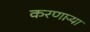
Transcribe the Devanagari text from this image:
करणाऱ्‍या